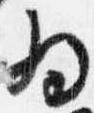
為